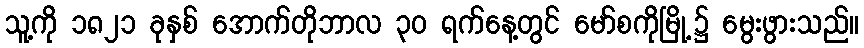
သူ့ကို ၁၈၂၁ ခုနှစ် အောက်တိုဘာလ ၃၀ ရက်နေ့တွင် မော်စကိုမြို့၌ မွေးဖွားသည်။